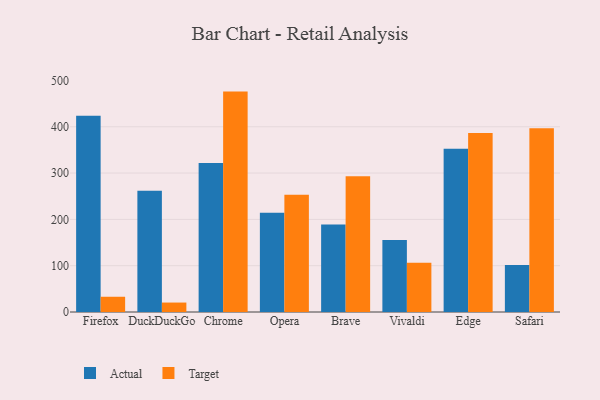
{"axis": {"x": "Browser", "y": "Inventory Turnover"}, "legend": ["Actual", "Target"], "data": [{"x": "Firefox", "y": 423.7, "type": "Actual"}, {"x": "Firefox", "y": 32.9, "type": "Target"}, {"x": "DuckDuckGo", "y": 261.9, "type": "Actual"}, {"x": "DuckDuckGo", "y": 20.4, "type": "Target"}, {"x": "Chrome", "y": 321.5, "type": "Actual"}, {"x": "Chrome", "y": 475.9, "type": "Target"}, {"x": "Opera", "y": 214.5, "type": "Actual"}, {"x": "Opera", "y": 253.0, "type": "Target"}, {"x": "Brave", "y": 189.0, "type": "Actual"}, {"x": "Brave", "y": 293.3, "type": "Target"}, {"x": "Vivaldi", "y": 155.4, "type": "Actual"}, {"x": "Vivaldi", "y": 106.2, "type": "Target"}, {"x": "Edge", "y": 352.3, "type": "Actual"}, {"x": "Edge", "y": 386.7, "type": "Target"}, {"x": "Safari", "y": 101.6, "type": "Actual"}, {"x": "Safari", "y": 396.8, "type": "Target"}]}